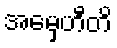
အမှေဟီတိ